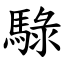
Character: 騄